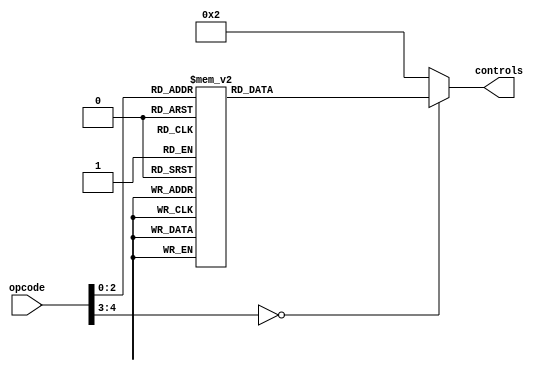
module DECODER(opcode,controls);
input[4:0] opcode;
output reg[7:0]controls;
/*
controls[7]:MemRead
controls[6]:MemWrite
controls[5]:Result_Memdata 1:result from ALU 0: Memory
controls[4]:JEQ
controls[3]:JMP
controls[2]Aluop
controls[1]Result_Imm 1:result from ALU 0:Immediate number
controls[0]RegWrite
*/
parameter NOP=5'b00000,ADD=5'b00001,SUB=5'b00010,MOVI=5'b00011;
parameter LODR=5'b00100,STOR=5'b00101,JMP=5'b00110,JEQ=5'b00111;
always@(opcode)
case(opcode)
NOP:controls=8'b00000010;
ADD:controls=8'b00100011;
SUB:controls=8'b00100111;
MOVI:controls=8'b00100001;
LODR:controls=8'b10000011;
STOR:controls=8'b01000010;
JMP:controls=8'b00101010;
JEQ:controls=8'b00110110;
default:controls=8'b00000010;
endcase
endmodule